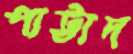
পাট্টাদ